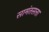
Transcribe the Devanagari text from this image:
सामंतसत्ता